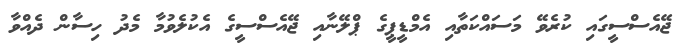
ޖޭއެސްސީގައި ކުރެވޭ މަސައްކަތާއި އެމްޑީޕީގެ ޕްލޭނާއި ޖޭއެސްސީގެ އެކުލެވުމާ މެދު ހިސާން ދެއްވާ